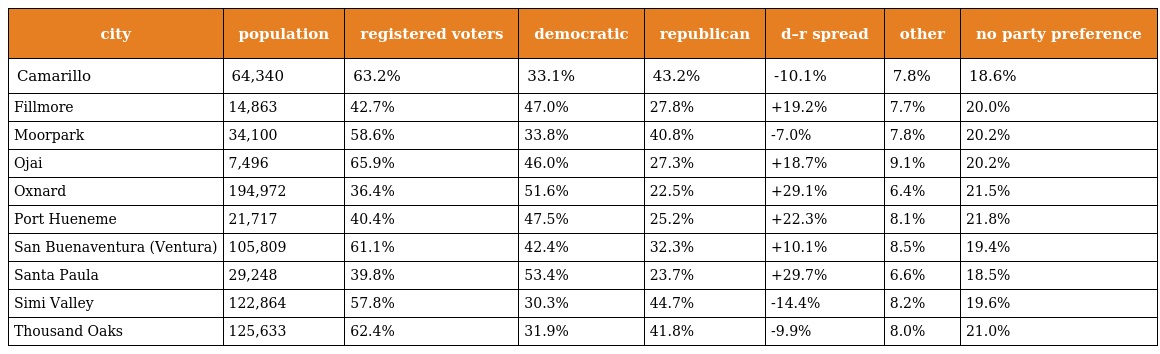
| city | population | registered voters | democratic | republican | d–r spread | other | no party preference |
 | --- | --- | --- | --- | --- | --- | --- | --- |
 | Camarillo | 64,340 | 63.2% | 33.1% | 43.2% | -10.1% | 7.8% | 18.6% |
 | Fillmore | 14,863 | 42.7% | 47.0% | 27.8% | +19.2% | 7.7% | 20.0% |
 | Moorpark | 34,100 | 58.6% | 33.8% | 40.8% | -7.0% | 7.8% | 20.2% |
 | Ojai | 7,496 | 65.9% | 46.0% | 27.3% | +18.7% | 9.1% | 20.2% |
 | Oxnard | 194,972 | 36.4% | 51.6% | 22.5% | +29.1% | 6.4% | 21.5% |
 | Port Hueneme | 21,717 | 40.4% | 47.5% | 25.2% | +22.3% | 8.1% | 21.8% |
 | San Buenaventura (Ventura) | 105,809 | 61.1% | 42.4% | 32.3% | +10.1% | 8.5% | 19.4% |
 | Santa Paula | 29,248 | 39.8% | 53.4% | 23.7% | +29.7% | 6.6% | 18.5% |
 | Simi Valley | 122,864 | 57.8% | 30.3% | 44.7% | -14.4% | 8.2% | 19.6% |
 | Thousand Oaks | 125,633 | 62.4% | 31.9% | 41.8% | -9.9% | 8.0% | 21.0% |